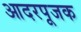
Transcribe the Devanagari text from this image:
आदरपूजक